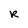
Character: R